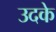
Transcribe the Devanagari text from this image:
उदके